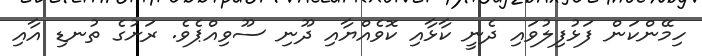
ހިމޭންކަން ފަޅުފިލުވައި ދެނީ ކާޅާއި ކޮވެއްޔާއި ދޫނި ސޫވިއްޕެވެ. ރަށުގެ ތުނޑި އާއި